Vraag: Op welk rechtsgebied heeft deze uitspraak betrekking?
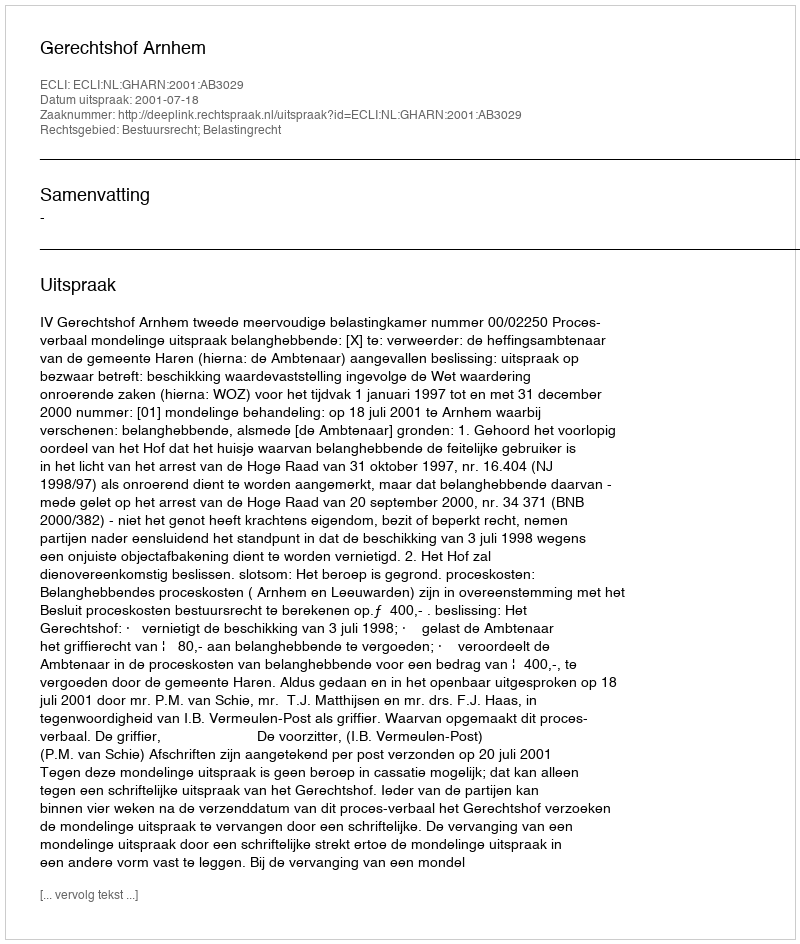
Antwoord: Bestuursrecht; Belastingrecht